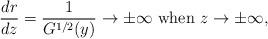
LaTeX: \begin{align*}\frac{dr}{dz} = \frac{1}{G^{1/2}(y)} \to \pm \infty \mbox{ when } z\to \pm \infty,\end{align*}